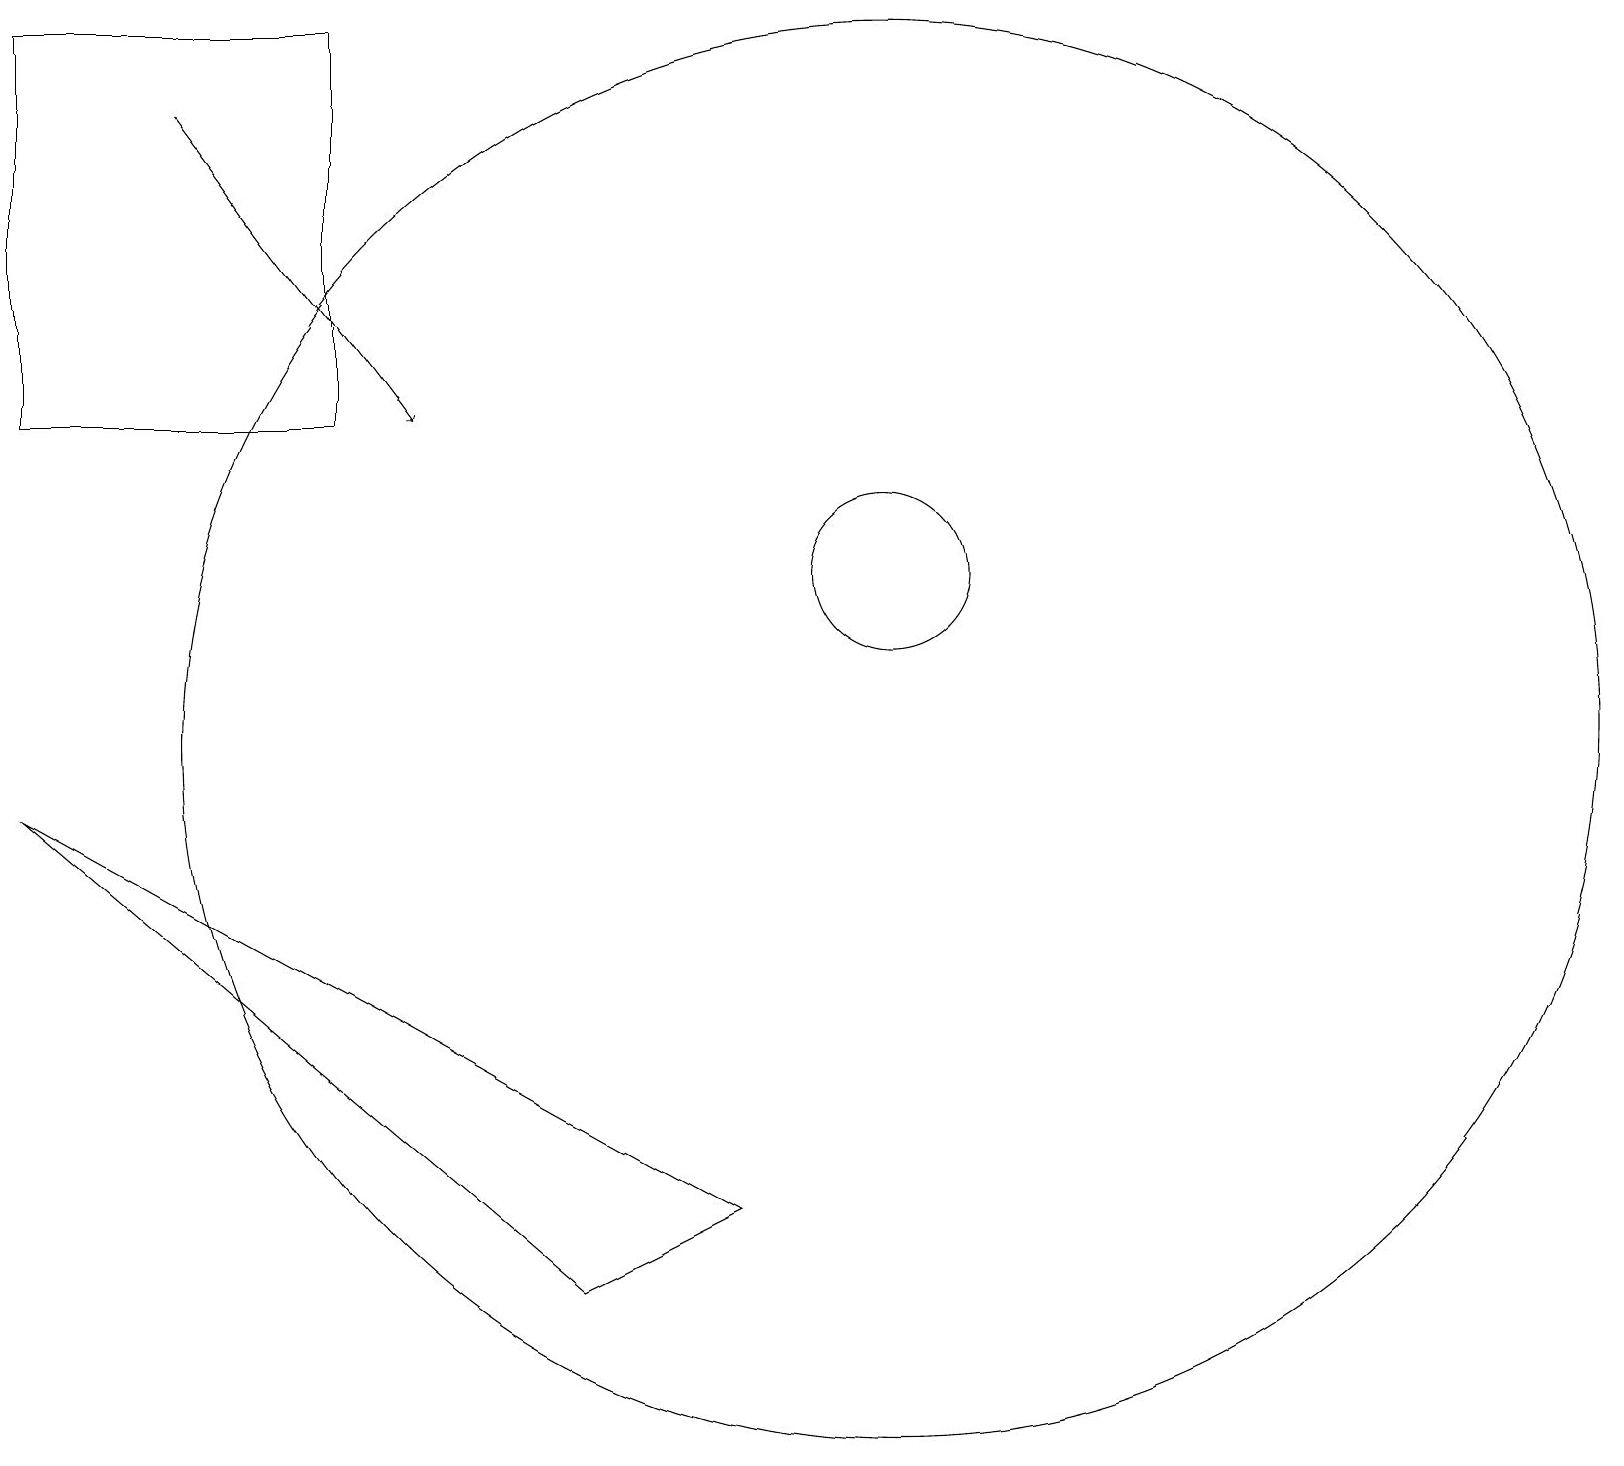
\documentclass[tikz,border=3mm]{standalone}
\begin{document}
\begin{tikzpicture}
\draw (0,14) rectangle (4,19);
\draw (0,9) -- (7,3) -- (9,4) -- cycle;
\draw (11,12) circle (1);
\draw[->] (2,18) -- (5,14);
\draw (11,10) circle (9);
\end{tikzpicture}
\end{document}